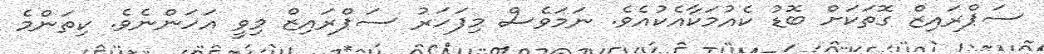
ސަޕްރައިޒް ގޮތަކަށް ބޮޑު ކެއުމަކާއެކުއެވެ. ނަމަވެސް މިފަހަރު ސަޕްރައިޒް މިވީ އަހަންނެވެ. ކިތަންމެ